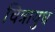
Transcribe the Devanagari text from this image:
चित्रायुध